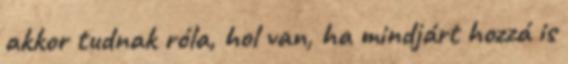
akkor tudnak róla, hol van, ha mindjárt hozzá is